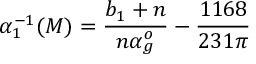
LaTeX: \alpha _ { 1 } ^ { - 1 } ( M ) = \frac { b _ { 1 } + n } { n \alpha _ { g } ^ { o } } - \frac { 1 1 6 8 } { 2 3 1 \pi }